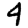
Digit: 4